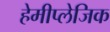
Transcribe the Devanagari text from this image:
हेमीप्लेजिक